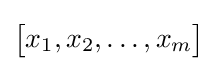
{\begin{bmatrix}x_{1},x_{2},\dots ,x_{m}\end{bmatrix}}